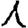
Digit: 1